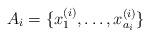
LaTeX: \begin{align*}A_i=\{x_1^{(i)},\ldots, x_{a_i}^{(i)}\}\end{align*}